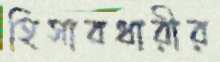
হিসাবধারীর